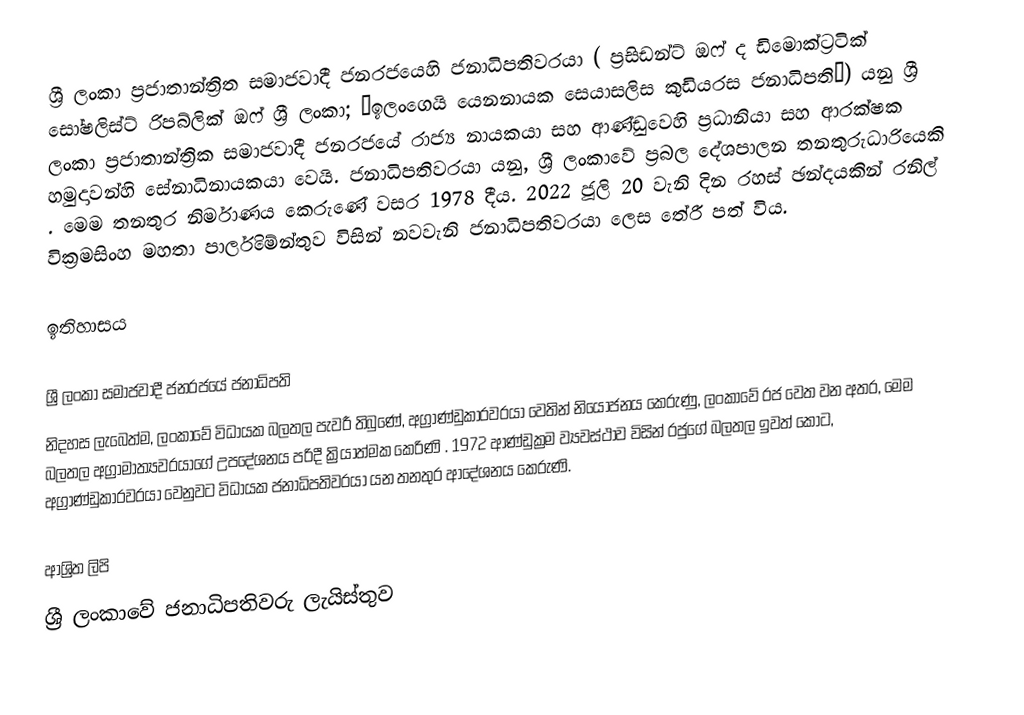
ශ්‍රී ලංකා ප්‍රජාතාන්ත්‍රිත සමාජවාදී ජනරජයෙහි ජනාධිපතිවරයා  ( ප්‍රසිඩන්ට් ඔෆ් ද ඩිමොක්ට්‍රටික් සෝෂලිස්ට් රිපබ්ලික් ඔෆ් ශ්‍රී ලංකා;    “ඉලංගෙයි යෙනනායක සෙයාසලිස කුඩියරස  ජනාධිපති“) යනු ශ්‍රී ලංකා ප්‍රජාතාන්ත්‍රික සමාජවාදී ජනරජයේ රාජ්‍ය නායකයා සහ ආණ්ඩුවෙහි ප්‍රධානියා සහ ආරක්ෂක හමුදාවන්හි සේනාධිනායකයා වෙයි. ජනාධිපතිවරයා යනු,  ශ්‍රී ලංකාවේ ප්‍රබල දේශපාලන තනතුරුධාරියෙකි .  මෙම තනතුර නිර්මාණය කෙරුණේ වසර 1978 දීය. 2022 ජූලි 20 වැනි දින රහස් ඡන්දයකින් රනිල් වික්‍රමසිංහ මහතා පාර්ලිමේන්තුව විසින් නවවැනි ජනාධිපතිවරයා ලෙස තේරී පත් විය.

ඉතිහාසය

ශ්‍රී ලංකා සමාජවාදී ජනරජයේ ජනාධිපති
නිදහස ලැබෙත්ම, ලංකාවේ විධායක බලතල පැවරී තිබුණේ,   අග්‍රාණ්ඩුකාරවරයා වෙතින් නියෝජනය කෙරුණු, ලංකාවේ රජ වෙත වන අතර, මෙම බලතල අග්‍රාමාත්‍යවරයාගේ උපදේශනය පරිදී ක්‍රියාත්මක කෙරිණි . 1972 ආණ්ඩුක්‍රම ව්‍යවස්ථාව විසින් රජුගේ බලතල ඉවත් කොට, අග්‍රාණ්ඩුකාරවරයා වෙනුවට විධායක ජනාධිපතිවරයා යන තනතුර ආදේශනය කෙරුණි.

ආශ්‍රිත ලිපි
 ශ්‍රී ලංකාවේ ජනාධිපතිවරු ලැයිස්තුව